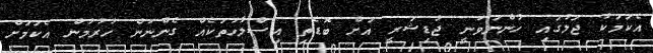
އެކަމަކު ޖަލުގައި ހުންނަވަނީ ޖުޑިޝަރީ އަށް ބޮޑެތި އިސްލާހުތަކެއް ގެންނަން ހުރުމުން އެކަމަށް